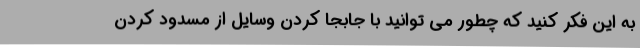
به این فکر کنید که چطور می توانید با جابجا کردن وسایل از مسدود کردن